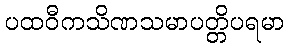
ပထဝီကသိဏသမာပတ္တိပရမာ